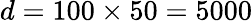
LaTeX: d=100\times 50=5000